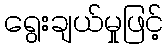
ရွေးချယ်မှုဖြင့်